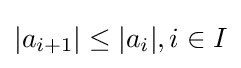
|a_{i+1}|\leq |a_{i}|,i\in I